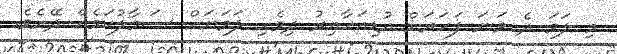
މި ލަވަ ދެ ވަނަ ފަހަރަށް އުޑިއަހާއިރު ދިވެހި ލަވަޔަށް ސަމާލުކަމެއް ދޭށެވެ.